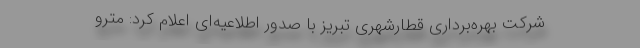
شرکت بهره‌برداری قطارشهری تبریز با صدور اطلاعیه‌ای اعلام کرد: مترو